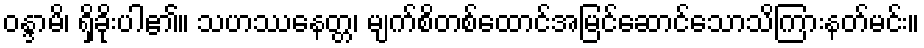
ဝန္ဒာမိ၊ ရှိခိုးပါ၏။ သဟဿနေတ္တ၊ မျက်စိတစ်ထောင်အမြင်ဆောင်သောသိကြားနတ်မင်း။